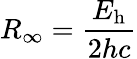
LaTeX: R_{\infty}={\frac{E_{\mathrm{h}}}{2hc}}